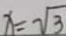
x = \sqrt { 3 }